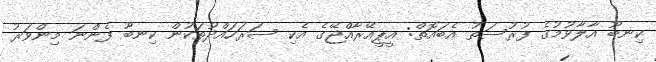
ކިނބޫ އާލާވުމުގެ ފުރުސަތު އެބައޮތް: އީޕީއޭރާއްޖޭގެ އެކި ސަރަހައްދުތަކުން ކިނބޫ ފެންނަ މިންވަރު